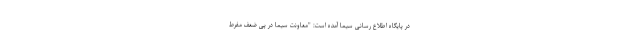
در پایگاه اطلاع رسانی سیما آمده است: "معاونت سیما در پى ضعف مفرط